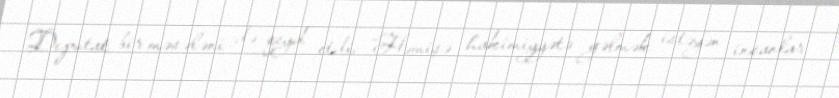
Deputat bir məsələni də qeyd etdi: “Həmişə hakimiyyətə gəlmək istəyən insanlar